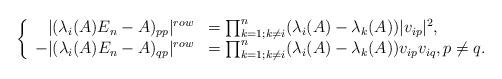
LaTeX: \begin{align*}\left\{\begin{array}{rl}|(\lambda_i(A)E_n-A)_{pp}|^{row}&=\prod_{k=1;k\ne i}^n(\lambda_i(A)-\lambda_k(A))|v_{ip}|^2,\\-|(\lambda_i(A)E_n-A)_{qp}|^{row}&=\prod_{k=1;k\ne i}^n(\lambda_i(A)-\lambda_k(A))v_{ip}v_{iq},p\ne q.\end{array}\right.\end{align*}